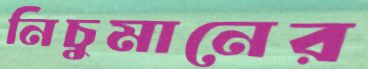
নিচুমানের